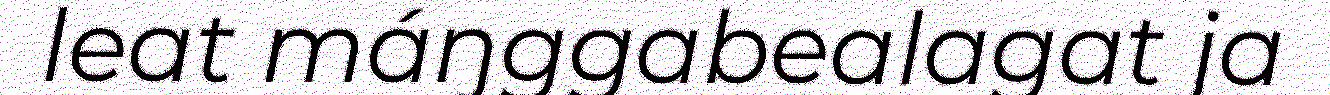
leat máŋggabealagat ja